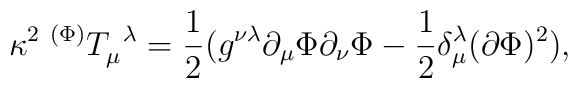
{\kappa }^2\;^{(\Phi )}T_\mu ^{\;\;\lambda }=\frac 12(g^{\nu \lambda}\partial _\mu \Phi \partial _\nu \Phi -\frac 12\delta _\mu ^\lambda(\partial \Phi )^2),